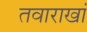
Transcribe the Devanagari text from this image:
तवाराखां